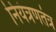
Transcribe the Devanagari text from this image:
नियंत्रणतंत्र